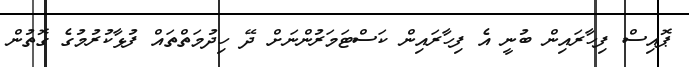
ޕޮއިސް ފިހާރައިން ބުނީ އެ ފިހާރައިން ކަސްޓަމަރުންނަށް ދޭ ހިދުމަތްތައް ފުޅާކުރުމުގެ ގޮތުން